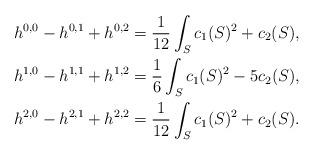
LaTeX: \begin{align*}h^{0,0}-h^{0,1}+h^{0,2}&=\frac{1}{12}\int_S c_1(S)^2+c_2(S), \\h^{1,0}-h^{1,1}+h^{1,2}&=\frac{1}{6}\int_S c_1(S)^2-5c_2(S), \\h^{2,0}-h^{2,1}+h^{2,2}&=\frac{1}{12}\int_S c_1(S)^2+c_2(S).\end{align*}